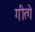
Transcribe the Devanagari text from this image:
गीत्गे